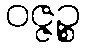
ဝဇ္ဇဉ္စ